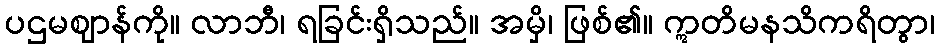
ပဌမဈာန်ကို။ လာဘီ၊ ရခြင်းရှိသည်။ အမှိ၊ ဖြစ်၏။ ဣတိမနသိကရိတွာ၊